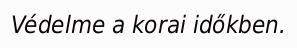
Védelme a korai időkben.